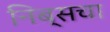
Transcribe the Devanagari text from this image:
निब्सचा